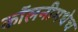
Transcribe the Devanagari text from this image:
कॉलनीमधेच